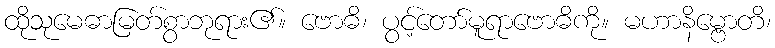
ထိုသုမေဓာမြတ်စွာဘုရား၏။ ဗောဓိ၊ ပွင့်တော်မူရာဗောဓိကို။ မဟာနိမ္ဗောတိ၊